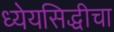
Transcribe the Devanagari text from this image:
ध्येयसिद्धीचा